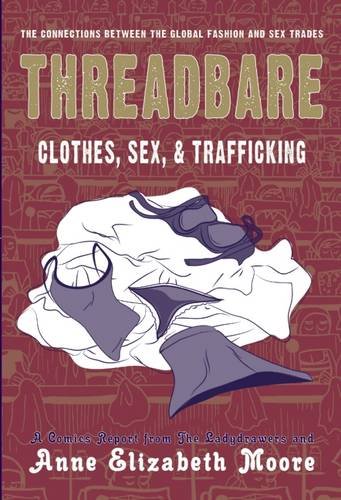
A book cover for Threadbare: Clothes, Sex, and Trafficking (Comix Journalism); Comics & Graphic Novels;